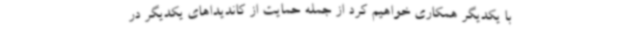
با یکدیگر همکاری خواهیم کرد از جمله حمایت از کاندیداهای یکدیگر در